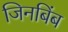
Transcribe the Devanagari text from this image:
जिनबिंब